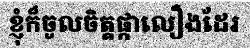
ខ្ញុំក៏ចូលចិត្តផ្កាលឿងដែរ